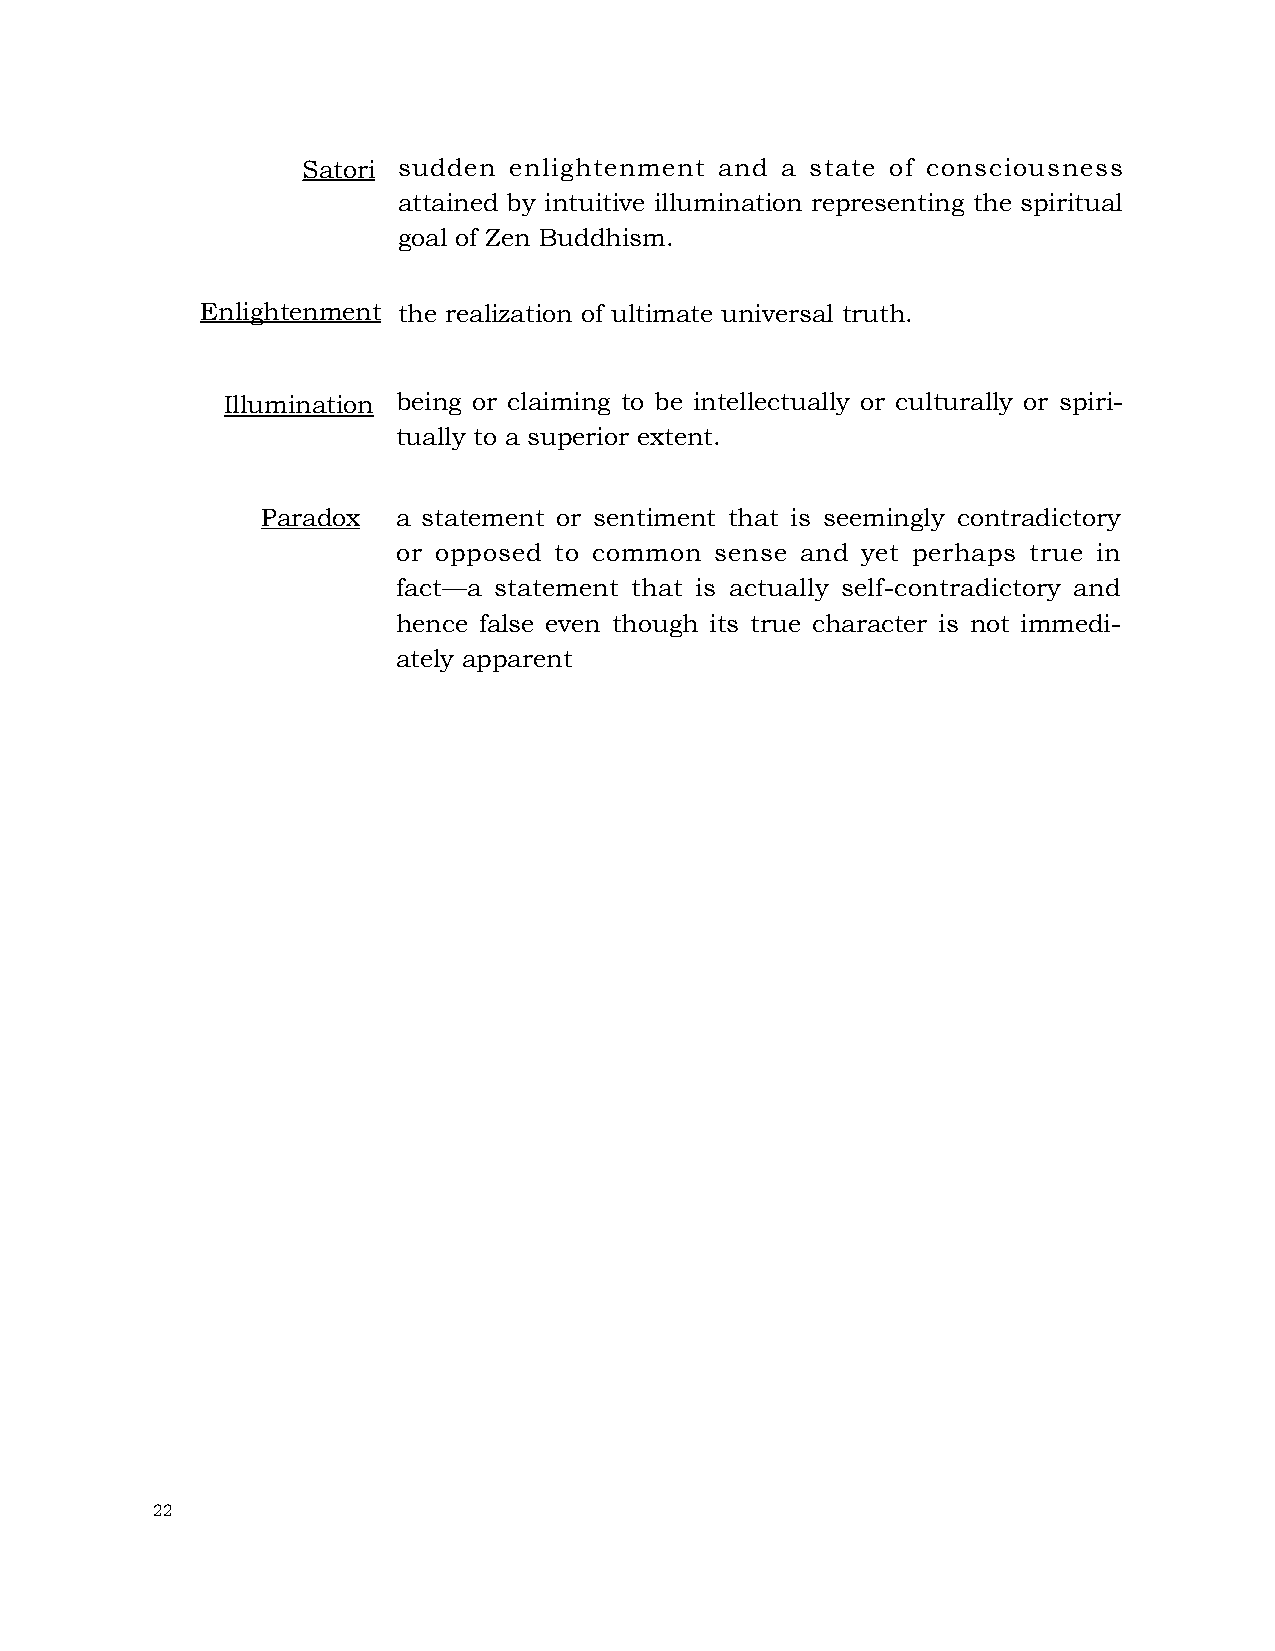
Satori sudden enlightenment and a state of consciousness
 attained by intuitive illumination representing the spiritual
 goal of Zen Buddhism.
 Enlightenment the realization of ultimate universal truth.
 Illumination being or claiming to be intellectually or culturally or spiri-
 tually to a superior extent.
 Paradox  a statement or sentiment that is seemingly contradictory
 or opposed to common sense and yet perhaps true in
 fact—a statement that is actually self-contradictory and
 hence false even though its true character is not immedi-
 ately apparent
 22